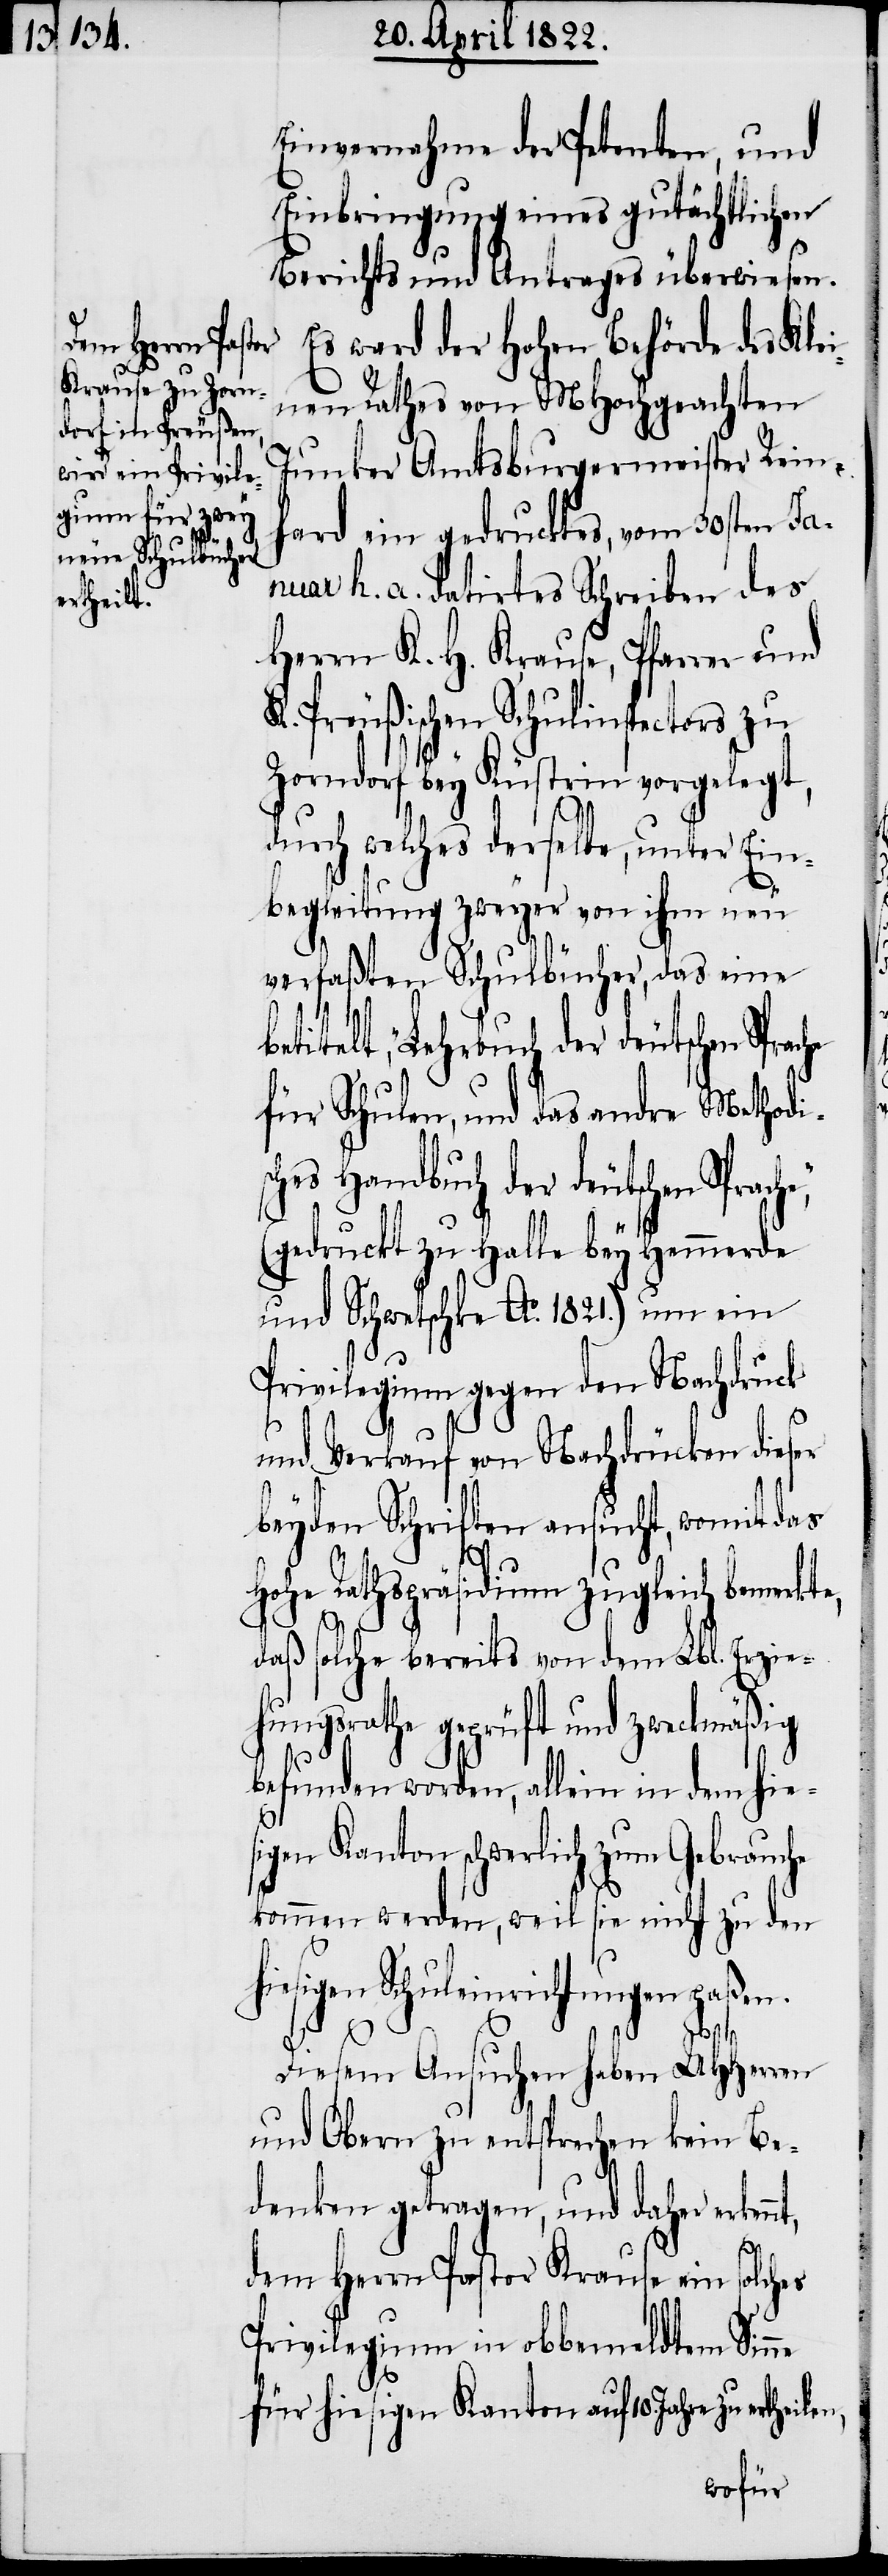
ertheilen,

Einvernahme der Petenten, und
Einbringung eines gutächtlichen
Berichts und Antrages überwiesen.
Es ward der hohen Behörde des Kle¬
inen Rathes von MHochgeachten
Junker Amtsburgermeister Rein¬
hard ein gedrucktes, vom 30sten Jan¬
uar h. a .datirtes Schreiben des
Herrn K. H. Krause, Pfarrer und
K. Preußischen Schulinspector zu
Zorndorf bey Küstrin vorgelegt,
durch welches derselbe, unter Ein¬
begleitung zweyer von ihm neu
verfaßten Schulbücher, das eine
betitelt, „Lehrbuch der deutschen Sprache
für Schulen, und das andere Method¬
es Handbuch der deutschen Spra¬
(gedruckt zu Halle bey Hemmerde
und Schweschke Ao. 1821.) um ein
Privilegium gegen den Nachdruck
ne
und Verkauf von Nachdrücken diese
beyden Schriften ansucht, womit das
hohe Rathspräsidium zugleich bemerkt¬
daß solche bereits von dem Lbl. Erzie¬
hungsrathe geprüft und zweckmäßig
befunden worden, allein in dem hies¬
igen Kanton schwerlich zum Gebrauche
kommen werden, weil sie nicht zu den
hiesigen Schuleinrichtungen paßen.
che“,
nt,
Diesem Ansuchen haben UHHerren
und Obern zu entsprechen kein Be¬
denken getragen, und daher erken¬
dem Herrn Pastor Krause ein solches
Privilegium in obbemeldtem Sin¬
für hiesigen Kanton auf 10. Jahre